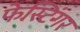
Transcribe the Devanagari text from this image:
फेस्टिंगर